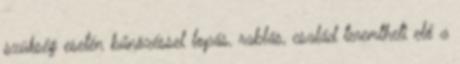
szükség esetén bűnözéssel lopás, rablás, család teremtheti elő a